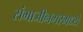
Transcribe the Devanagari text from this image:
संभाजीनगरमध्ये